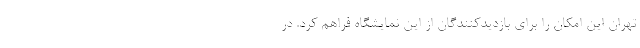
تهران این امکان را برای بازدیدکنندگان از این نمایشگاه فراهم کرد. در